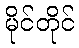
မိုင်တိုင်